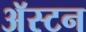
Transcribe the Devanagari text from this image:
अॅस्टन